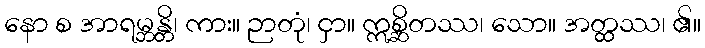
နော စ အာရမ္ဘန္တိ၊ ကား။ ဉာတုံ၊ ငှာ။ ဣစ္ဆိတဿ၊ သော။ အတ္ထဿ၊ ၏။